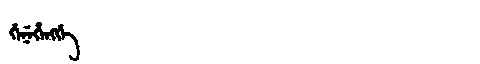
Manchu: ᡤᡝᠨᡝᡥᡝᠩᡤᡝ
Romanization: GENEHENGGE